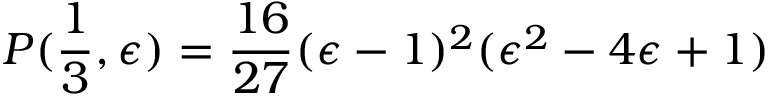
P ( \frac { 1 } { 3 } , \epsilon ) = \frac { 1 6 } { 2 7 } ( \epsilon - 1 ) ^ { 2 } ( \epsilon ^ { 2 } - 4 \epsilon + 1 )